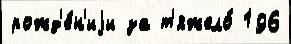
рожд'е́н'иjи за т'яжело́ 196